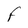
Character: F